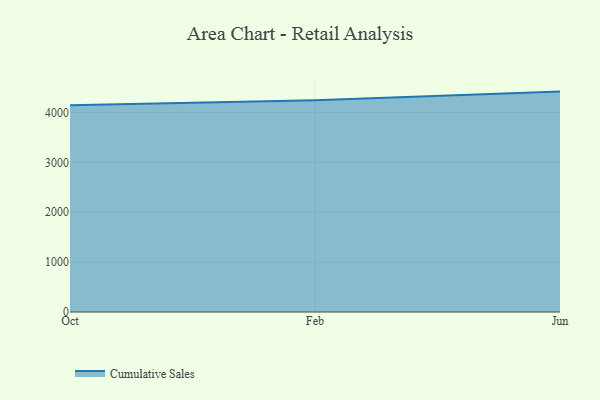
{"axis": {"x": "Month", "y": "Website Visitors"}, "legend": ["Cumulative Sales"], "data": [{"x": "Oct", "y": 4144.2, "type": "Cumulative Sales"}, {"x": "Feb", "y": 4246.5, "type": "Cumulative Sales"}, {"x": "Jun", "y": 4419.6, "type": "Cumulative Sales"}]}